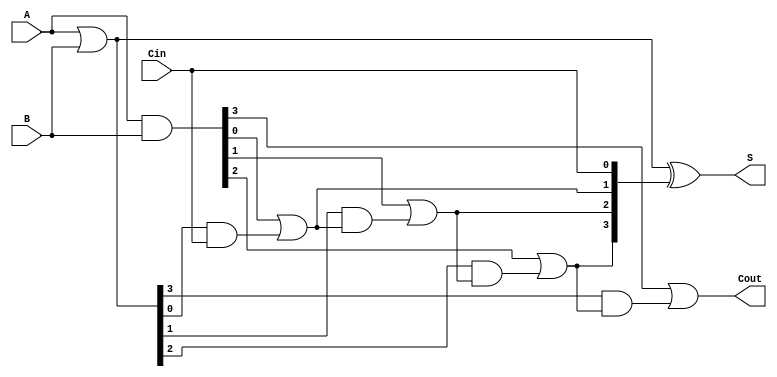
module RCLA #(parameter n = 4) (
    input  [n-1:0] A,      // First n-bit input
    input  [n-1:0] B,      // Second n-bit input
    input         Cin,      // Carry-in
    output [n-1:0] S,      // n-bit sum output
    output        Cout      // Carry-out
);

    // Generate and Propagate signals
    wire [n-1:0] G; // Generate signals
    wire [n-1:0] P; // Propagate signals
    wire [n:0] C;   // Carry signals

    // Generate and Propagate logic
    assign G = A & B;           // Gi = Ai AND Bi
    assign P = A | B;           // Pi = Ai OR Bi

    // Carry signals computation
    assign C[0] = Cin;          // C0 = Cin
    genvar i;
    generate
        for (i = 0; i < n; i = i + 1) begin : carry_calc
            assign C[i + 1] = G[i] | (P[i] & C[i]); // Ci+1 = Gi OR (Pi AND Ci)
        end
    endgenerate

    // Sum calculation
    assign S = P ^ C[n-1:0];    // Si = Pi XOR Ci

    // Final carry-out
    assign Cout = C[n];         // Cout = Cn

endmodule